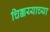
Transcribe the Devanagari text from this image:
चिक्कय्याच्या